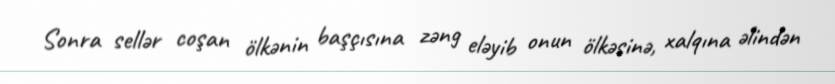
Sonra sellər coşan ölkənin başçısına zəng eləyib onun ölkəsinə, xalqına əlindən